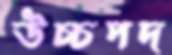
উচ্চপদ